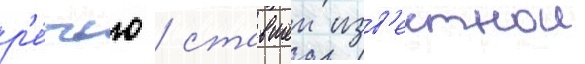
р'е́чью / ставшеи изв'естнои